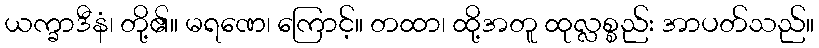
ယက္ခာဒီနံ၊ တို့၏။ မရဏေ၊ ကြောင့်။ တထာ၊ ထို့အတူ ထုလ္လစ္စည်း အာပတ်သည်။